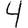
Digit: 4